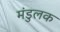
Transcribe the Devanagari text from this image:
मंडुलक